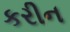
કરીન